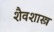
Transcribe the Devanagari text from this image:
शैवशास्त्र